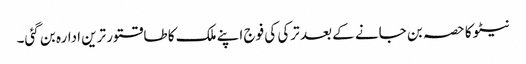
نیٹو کا حصہ بن جانے کے بعد ترکی کی فوج اپنے ملک کا طاقتور ترین ادارہ بن گئی۔